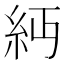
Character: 𥾝